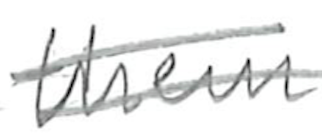
Text: them
Cross-out: double-line
Writing tool: pencil